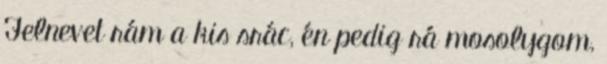
Felnevet rám a kis srác, én pedig rá mosolygom,